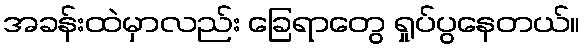
အခန်းထဲမှာလည်း ခြေရာတွေ ရှုပ်ပွနေတယ်။